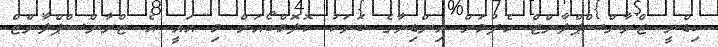
ކިޑްނީ ޓްރާންސްޕްލާންޓް ހެދުމަށް އިންޑިޔާގެ ބަޔަކު ކޮލޮމްބޯއަށް މި އައީ އެ ޓްރާންސްޕްލާންޓް